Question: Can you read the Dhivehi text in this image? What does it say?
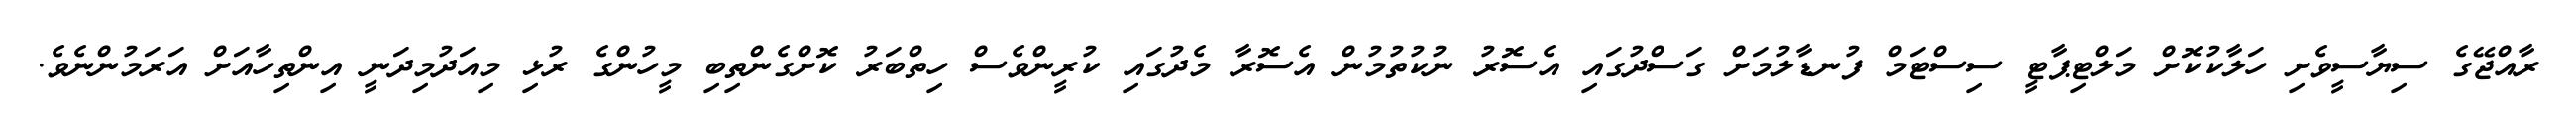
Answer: ރާއްޖޭގެ ސިޔާސީވެށި ހަލާކުކޮށް މަލްޓިޕާޓީ ސިސްޓަމް ފުނޑާލުމަށް ގަސްދުގައި އެސޮރު ނުކުތުމުން އެސޮރާ މެދުގައި ކުރީންވެސް ހިތްބަރު ކޮށްގެންތިބި މީހުންގެ ރުޅި މިއަދުމިދަނީ އިންތިހާއަށް އަރަމުންނެވެ.